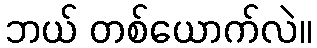
ဘယ် တစ်ယောက်လဲ။